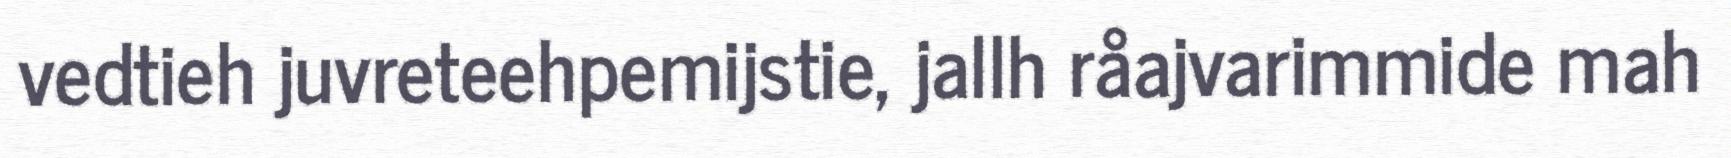
vedtieh juvreteehpemijstie, jallh råajvarimmide mah